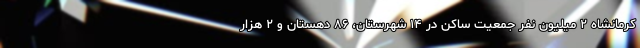
کرمانشاه ۲ میلیون نفر جمعیت ساکن در ۱۴ شهرستان، ۸۶ دهستان و ۲ هزار